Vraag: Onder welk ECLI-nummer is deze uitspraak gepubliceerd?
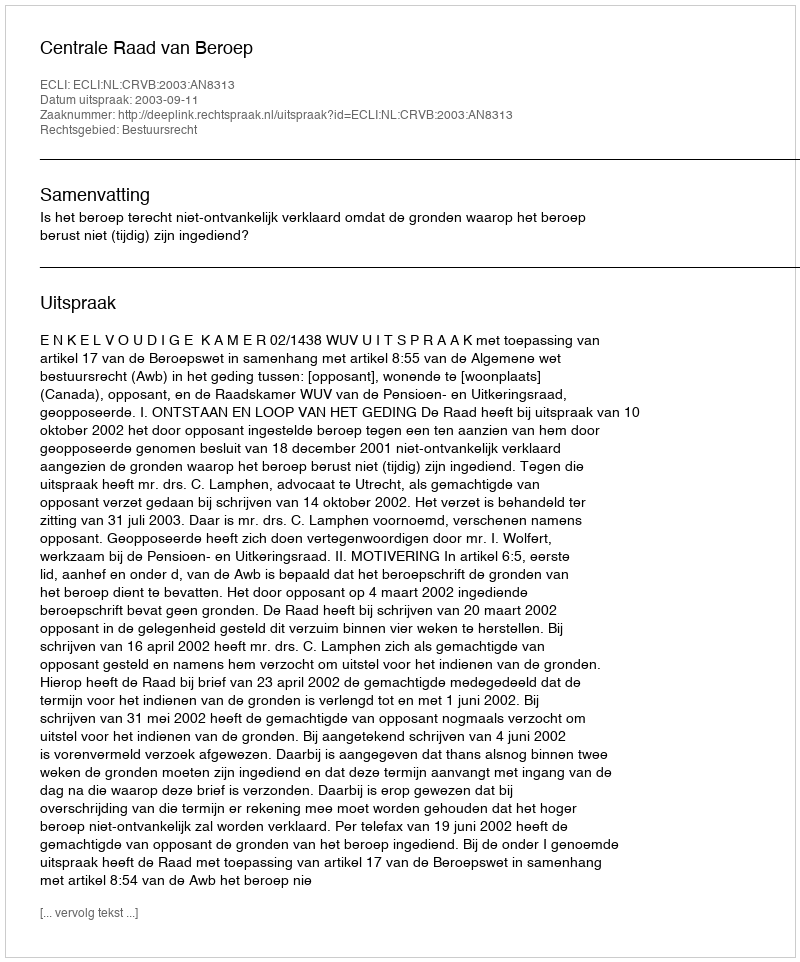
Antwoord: ECLI:NL:CRVB:2003:AN8313